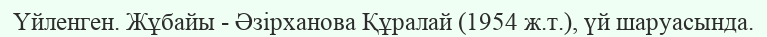
Үйленген. Жұбайы - Әзірханова Құралай (1954 ж.т.), үй шаруасында.